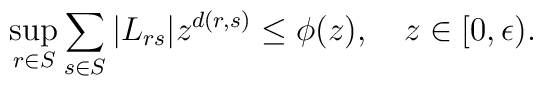
\sup_{r\in S}{\sum_{s\in S}{|L_{rs}|z^{d(r,s)} \le \phi(z)}}, \quad z\in [0,\epsilon).